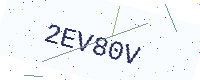
Text: 2EV80V